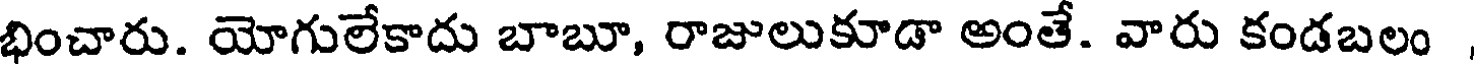
భించారు. యోగులేకాదు బాబూ, రాజులుకూడా అంతే. వారు కండబలం